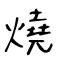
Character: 燒